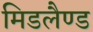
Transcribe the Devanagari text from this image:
मिडलैण्ड